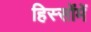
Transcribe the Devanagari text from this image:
हिस्सोंमें